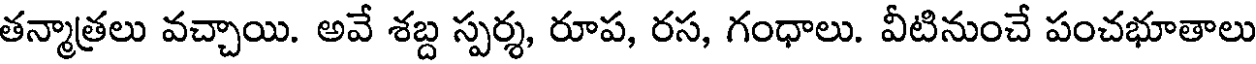
తన్మాత్రలు వచ్చాయి. అవే శబ్ద స్పర్శ, రూప, రస, గంధాలు. వీటినుంచే పంచభూతాలు